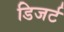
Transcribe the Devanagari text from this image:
डिजर्ट